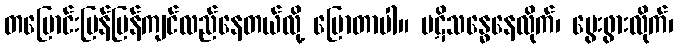
တပြောင်းပြန်ပြန်ကျင်လည်နေတယ်လို့ ပြောတာပါ။ ပဋိသန္ဓေနေလိုက်၊ မွေးဖွားလိုက်၊